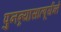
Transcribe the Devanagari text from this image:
पुनन्र्यासात्पूर्यन्ते